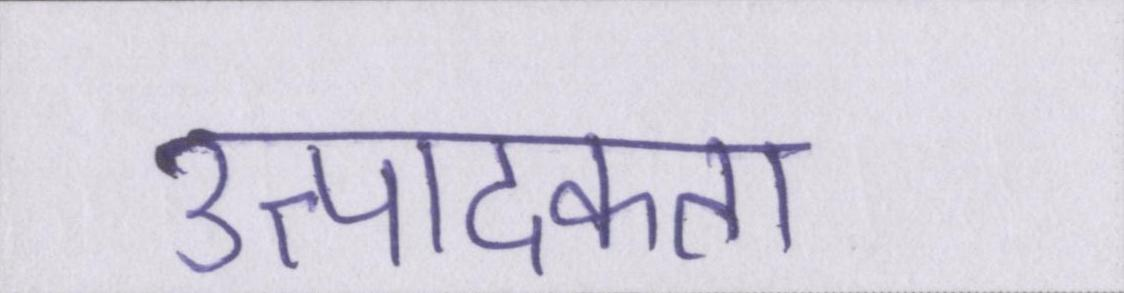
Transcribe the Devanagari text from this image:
उत्पादकता